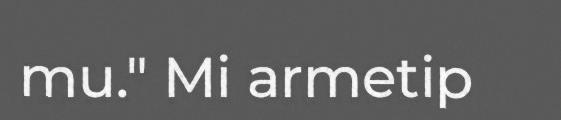
mu." Mi armetip